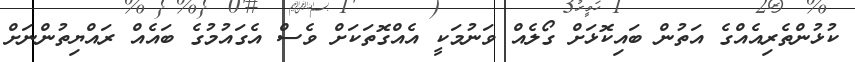
ކުޅުންތެރިއެއްގެ އަތުން ބައިކޮޅަށް ގޯލެއް ވަނުމަކީ އެއްގޮތަކަށް ވެސް އެގައުމުގެ ބައެއް ރައްޔިތުންނަށް